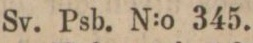
Sv. Psb. N:o 345.